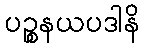
ပဉ္စနယပဒါနိ